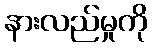
နားလည်မှုကို